Medical and sanitary report of the native army of Madras for the year
Year: 1878
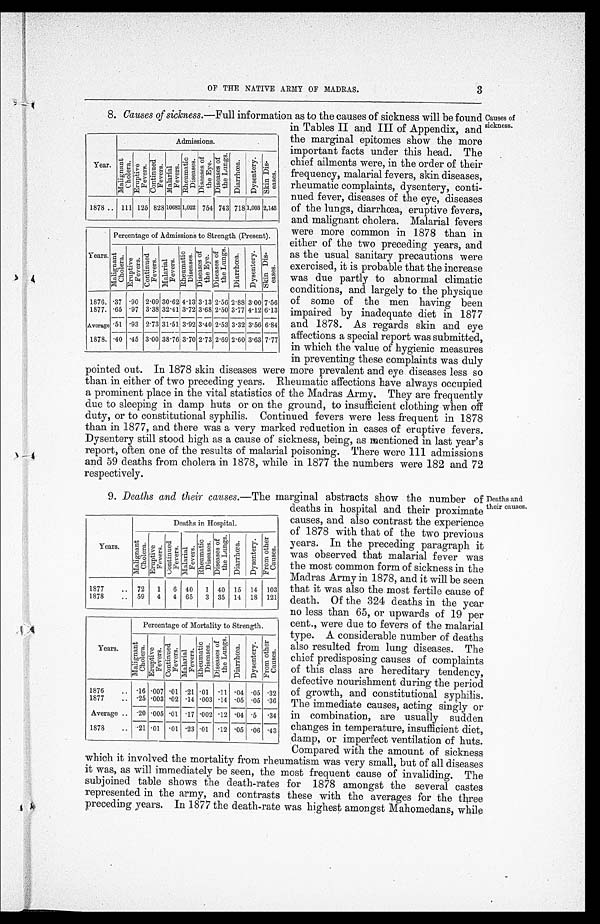
Year.
Admissions.
M a l i g n a n t C h o l e r a .
Er upt i ve Fever s.
C o n t i n u e d F e v e r s .
M a l i a r i a l F e v e r s .
R h e u ma t i c D i s e a s e s . D i s e a s e s o f t h e E y e .
D i s e a s e s o f t h e L u n g s .
D i a r r h œ a .
D y s e n t e r y . Ski n Di s-
eases.
1878 .. 111 125
8 2 8 10682 1022 754 743 718 1003 2,143
Years.
Percentage of Admissions to Strength (Present).
Ma l i g n a n t Ch o l e r a . Er u p t i v e Fe v e r s .
C o n t i n u e d F e v e r s .
Mal i ar i al Fever s.
R h e u m a t i c D i s e a s e s .
D i s e a s e s o f t h e L u n g s .
D i s e a s e s o f t h e E y e .
Di ar r hœa.
Dys e nt e r y.
F r o m o t h e r C a u s e s .
1876. .37 .90 2.09 30.62 4.13
3.13 2.56 2.88 3.00 7.56
1877. .65 .97 3.38 32.41 3.72 3.68 2.50 3.77 4.12 6.13
31.51 3.92
Average .51 .93 2.73
3.40 2.53 3.32 3.56 6.84
.45
3.70
2.69 2.60 3.63
1878. .40
3.00 38.76
2.73
7.77
3
OF THE NATIVE ARMY OF MADRAS.
•
8. Causes of sickness. —Full information as to the causes of sickness will be found
in Tables II and III of Appendix, and
the marginal epitomes show the more
important facts under this head. The
chief ailments were, in the order of their
frequency, malarial fevers, skin diseases,
rheumatic complaints, dysentery, conti-
nued fever, diseases of the eye, diseases
of the lungs, diarrhœa, eruptive fevers,
and malignant cholera. Malarial fevers
were more common in 1878 than in
either of the two preceding years, and
as the usual sanitary precautions were
exercised, it is probable that the increase
was due partly to abnormal climatic
conditions, and largely to the physique
of some of the men having been
impaired by inadequate diet in 1877
and 1878. As regards skin and eye
affections a special report was submitted,
in which the value of hygienic measures
in preventing these complaints was duly
pointed out. In 1878 skin diseases were more prevalent and eye diseases less so
than in either of two preceding years. Rheumatic affections have always occupied
a prominent place in the vital statistics of the Madras Army. They are frequently
due to sleeping in damp huts or on the ground, to insufficient clothing when off
duty, or to constitutional syphilis. Continued fevers were less frequent in 1878
than in 1877, and there was a very marked reduction in cases of eruptive fevers.
Dysentery still stood high as a cause of sickness, being, as mentioned in last year's
report, often one of the results of malarial poisoning. There were 111 admissions
and 59 deaths from cholera in 1878, while in 1877 the numbers were 182 and 72
respectively.
Causes of
sickness.
9. Deaths and their causes. —The marginal abstracts show the number o
f deaths in hospital and their proximate
causes, and also contrast the experience
of 1878 with that of the two previous
years. In the preceding paragraph it
was observed that malarial fever was
the most common form of sickness in the
Madras Army in 1878, and it will be seen
that it was also the most fertile cause of
death. Of the 324 deaths in the year
no less than 65, or upwards of 19 per
cent., were due to fevers of the malarial
type. A considerable number of deaths
also resulted from lung diseases. The
chief predisposing causes of complaints
of this class are hereditary tendency,
defective nourishment during the period
of growth, and constitutional syphilis.
The immediate causes, acting singly or
in combination, are usually sudden
changes in temperature, insufficient diet,
damp, or imperfect ventilation of huts.
Compared with the amount of sickness
which it involved the mortality from rheumatism was very small, but of all diseases
it was, as will immediately be seen, the most frequent cause of invaliding. The
subjoined table shows the death-rates for 1878 amongst the several castes
represented in the army, and contrasts these with the averages for the three
preceding years. In 1877 the death-rate was highest amongst Mahomedans, while
Years.
Deaths in Hospital.
Mal i gnant Chol er a. Er upt i ve Fever s.
C o n t i n u e d F e v e r s .
Mal i ar i al Fever s.
Rheumat i c Di seases.
D i s e a s e s o f t h e L u n g s .
Di ar r hœa.
D y s e n t e r y . F r o m o t h e r C a u s e s .
1877
.. 72
1
6 40
1 40 15 14 103
1878
.. 59
4
4 65
3 35 14 18 121
Years.
Percentage of Mortality to Strength.
Ma l i g n a n t Ch o l e r a .
E r u p t i v e F e v e r s .
C o n t i n u e d F e v e r s .
M a l i a r i a l F e v e r s .
R h e u m a t i c D i s
e a s e s .
D i s e a s e s o f t h e L u n g s . D i a r r h œ a . Dy s e n t e r y . S k i n D i s e a s e s .
1876
.. .16 .007 .01 .21 .01 .11 .04 .05 .32
1877
.. 25 .003 .02 14 .003 .14 .05 .05 .36
Average .. .20 .005 .01 .17 .002 .12 .04 .5 .34
1878
.. .21 .01 .01 .23 .01 .12 .05 .06 .43
Deaths and
their causes.